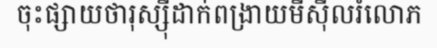
ចុះផ្សាយថារុស្ស៊ីដាក់ពង្រាយមីស៊ីលរំលោភ